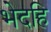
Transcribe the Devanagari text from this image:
भेदहि